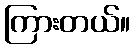
ကြားတယ်။